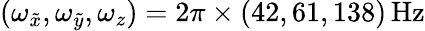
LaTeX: (\omega_{\tilde{x}},\omega_{\tilde{y}},\omega_{z})=2\pi\times(42,61,138)\, \mathrm{Hz}